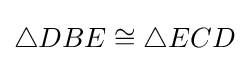
\triangle DBE\cong \triangle ECD